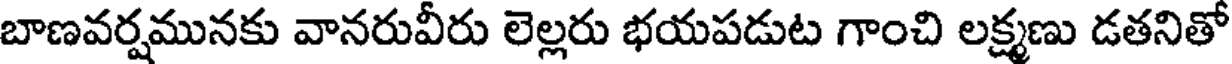
బాణవర్షమునకు వానరువీరు లెల్లరు భయపడుట గాంచి లక్ష్మణు డతనితో